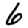
Digit: 6